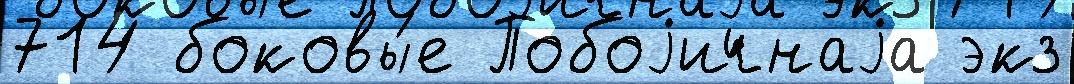
714 боковы́е Побоjичнаjа экз